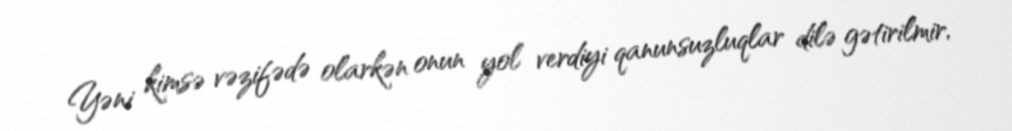
Yəni kimsə vəzifədə olarkən onun yol verdiyi qanunsuzluqlar dilə gətirilmir,